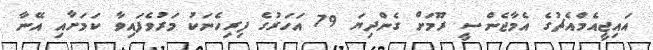
އައިޖީއެމްއެޗުގެ އެމާޖެންސީ ރޫމަށް ގެންދިޔަ 79 އަހަރުގެ ފިރިހެނަކު މަރުވެފައިވާ ކަމަށާއި އޭނާ